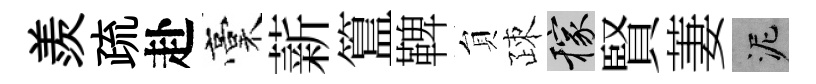
羨疏赴稾薪簋鞞貟疎稼賢萋泥